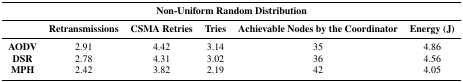
| <COLSPAN=6> Non-Uniform Random Distribution |
 |  | Retransmissions | CSMA Retries | Tries | Achievable Nodes by the Coordinator | Energy (J) |
 | --- | --- | --- | --- | --- | --- |
 | AODV | 2.91 | 4.42 | 3.14 | 35 | 4.86 |
 | DSR | 2.78 | 4.31 | 3.02 | 36 | 4.56 |
 | MPH | 2.42 | 3.82 | 2.19 | 42 | 4.05 |